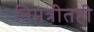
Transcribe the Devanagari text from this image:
निमंत्रीतही